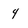
Character: 4